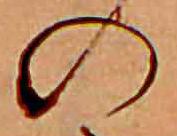
の